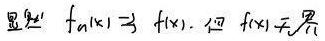
显然 $f_{n}(x)\rightrightarrows f(x)$，但 $f(x)$ 无界。